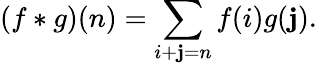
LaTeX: (f*g)(n)=\sum_{i+\mathbf{j}=n}f(i)g(\mathbf{j}).